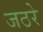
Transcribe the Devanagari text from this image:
जठरे